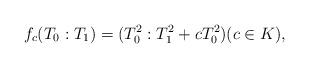
LaTeX: \begin{align*}f_c(T_0 : T_1) = (T_0^2 : T_1^2 + c T_0^2)(c \in K),\end{align*}